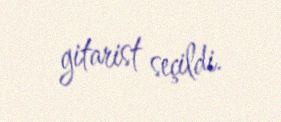
gitarist seçildi.